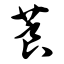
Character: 莨